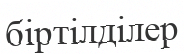
біртілділер